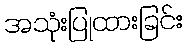
အသုံးပြုထားခြင်း